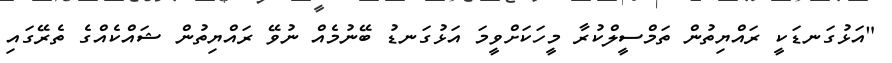
"އަޅުގަނޑަކީ ރައްޔިތުން ތަމްސީލްކުރާ މީހަކަށްވީމަ އަޅުގަނޑު ބޭނުމެއް ނުވޭ ރައްޔިތުން ޝައްކެއްގެ ތެރޭގައި